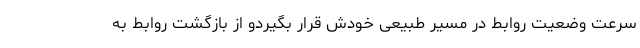
سرعت وضعیت روابط در مسیر طبیعی خودش قرار بگیردو از بازگشت روابط به